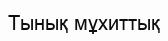
Тынық мұхиттық